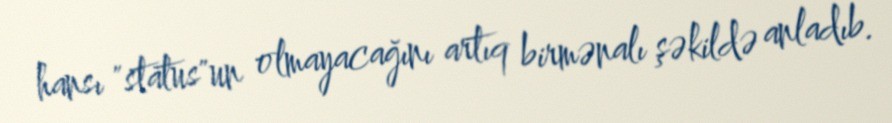
hansı "status"un olmayacağını artıq birmənalı şəkildə anladıb.